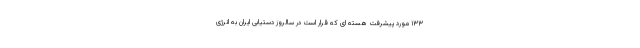
۱۳۳ مورد پیشرفت هسته ای که قرار است در سالروز دستیابی ایران به انرژی